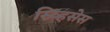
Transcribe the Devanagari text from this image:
स्र्व्हिसेस